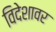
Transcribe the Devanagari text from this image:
विदेशावर